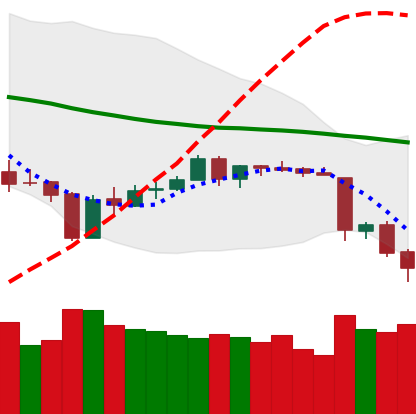
Ticker: ETH-USD
Chart end date: 2018-06-13
Forward return: 8.67%
Label: up_7plus